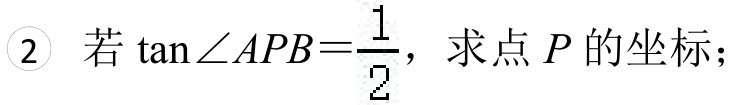
(2) 若\(\tan\angle APB = \frac{1}{2}\)，求点\(P\)的坐标；